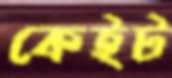
কেইট